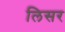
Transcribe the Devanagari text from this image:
लिसर